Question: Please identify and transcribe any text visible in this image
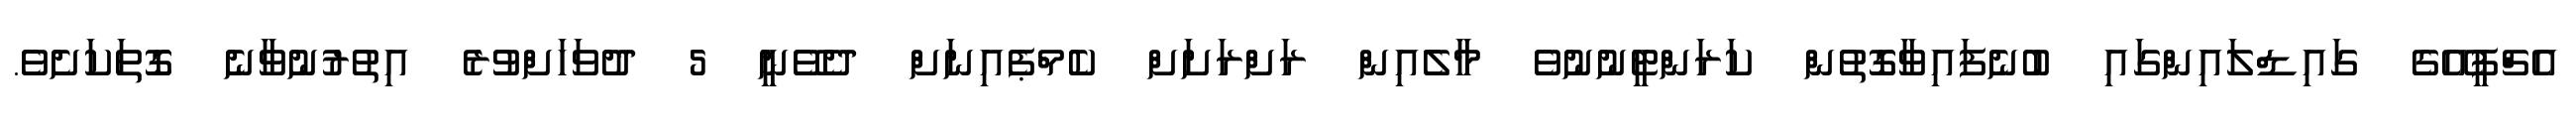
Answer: އެޗްޕީއޭގެ ގައިޑްލައިންގައި ބުނެފައިވާގޮތުން ކަރަންޓީނުނުވެ މާލެއިން ރަށްރަށަށް ކެމްޕެއިނަށް ދެވޭނީ 5 ދުވަހަށްވުރެ އިތުރުނުވާނެ ގޮތަކަށެވެ.